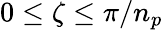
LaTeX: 0\leq\zeta\leq\pi/n_{p}